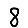
Digit: 8